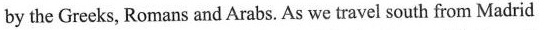
by the Greeks, Romans and Arabs. As we travel south from Madrid